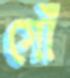
গোঁ